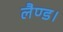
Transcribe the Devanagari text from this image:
लैण्ड।